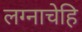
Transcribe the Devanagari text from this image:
लग्नाचेहि